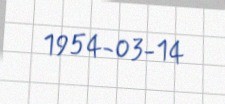
1954-03-14